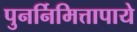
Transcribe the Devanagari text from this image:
पुनर्निमित्तापाये